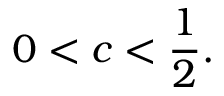
0 < c < { \frac { 1 } { 2 } } .